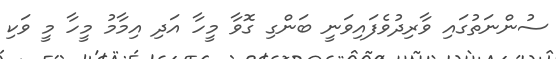
ސުންނަތުގައި ވާރިދުވެފައިވަނީ ބަންގި ގޮވާ މީހާ އަދި އިމާމު މީހާ މީ ވަކި